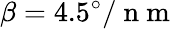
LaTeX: \beta=4.5^{\circ}/\mathrm{~n~m~}